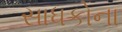
સાધકોના